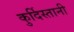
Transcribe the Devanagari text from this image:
कुर्दिस्तानी